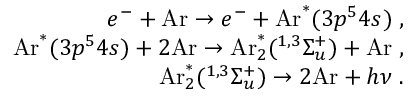
\begin{array} { r } { e ^ { - } + \mathrm { A r } \rightarrow e ^ { - } + \mathrm { A r } ^ { \ast } ( 3 p ^ { 5 } 4 s ) \; , } \\ { \mathrm { A r } ^ { \ast } ( 3 p ^ { 5 } 4 s ) + 2 \mathrm { A r } \rightarrow \mathrm { A r } _ { 2 } ^ { \ast } ( ^ { 1 , 3 } \Sigma _ { u } ^ { + } ) + \mathrm { A r } \; , } \\ { \mathrm { A r } _ { 2 } ^ { \ast } ( ^ { 1 , 3 } \Sigma _ { u } ^ { + } ) \rightarrow 2 \mathrm { A r } + h \nu \; . } \end{array}